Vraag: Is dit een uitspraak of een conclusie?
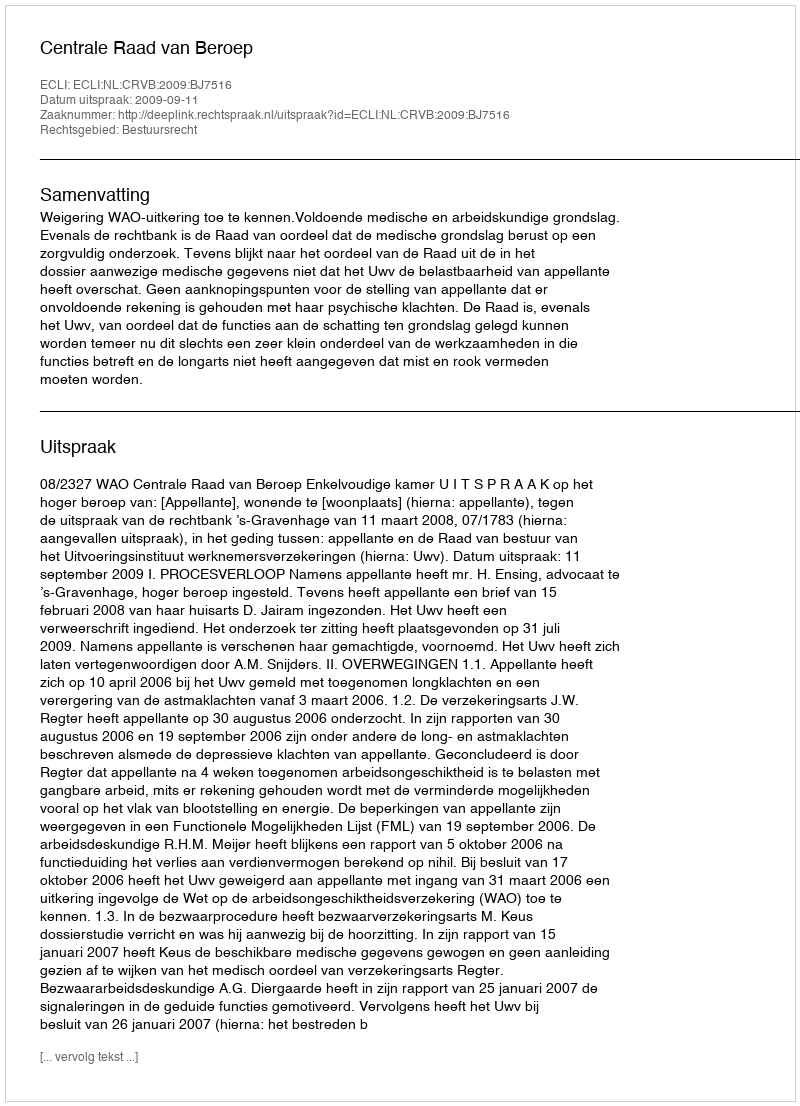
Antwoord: Uitspraak